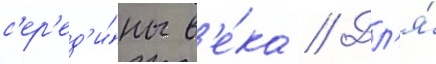
с'ер'ед'и́ны в'е́ка // Дл'я́